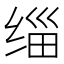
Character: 缁